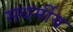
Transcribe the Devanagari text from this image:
सधर्मीय